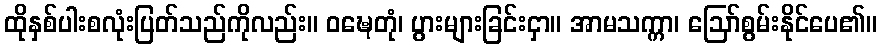
ထိုနှစ်ပါးစလုံးပြတ်သည်ကိုလည်း။ ဝဍ္ဎေတုံ၊ ပွားများခြင်းငှာ။ အာမသက္ကာ၊ ဩော်စွမ်းနိုင်ပေ၏။